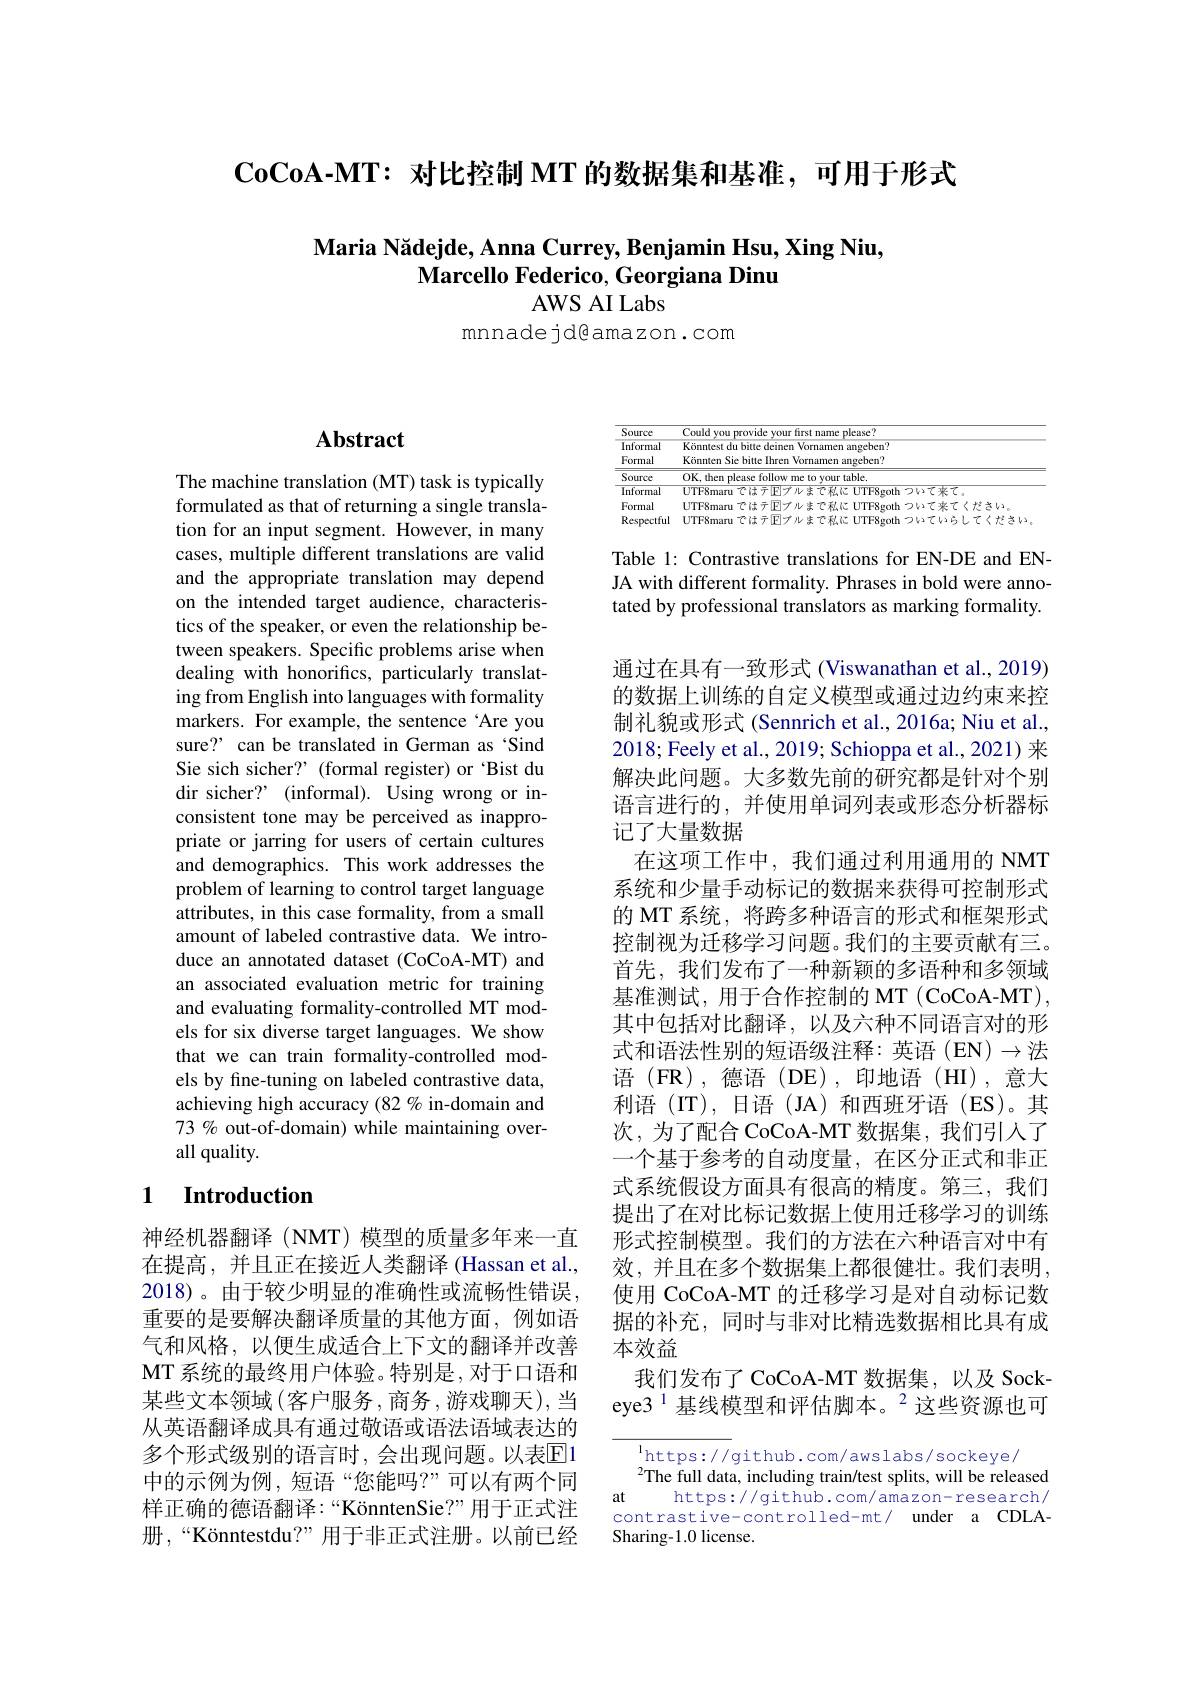
$\mathbf{CoCoA-MT:}$对比控制 MT 的数据集和基准，可用于形式

# $\textbf{Maria N\u{a} dejde, Anna Currey, Benjamin Hsu, Xing Niu, }$ Marcello Federico, Georgiana Dinu

AWS AI Labs

mnnadejd@amazon.com

# Abstract

The machine translation (MT) task is typically formulated as that of returning a single translation for an input segment. However, in many cases, multiple different translations are valid and the appropriate translation may depend on the intended target audience, characteristics of the speaker, or even the relationship between speakers. Specific problems arise when dealing with honorifics, particularly translating from English into languages with formality markers. For example, the sentence‘Are you sure? can be translated in German as‘Sind Sie sich sicher? (formal register) or ‘Bist du dir sicher? (informal). Using wrong or inconsistent tone may be perceived as inappropriate or jarring for users of certain cultures and demographics. This work addresses the problem of learning to control target language attributes, in this case formality, from a small amount of labeled contrastive data. We introduce an annotated dataset (CoCoA-MT) and an associated evaluation metric for training and evaluating formality-controlled MT models for six diverse target languages. We show that we can train formality-controlled models by fine-tuning on labeled contrastive data, achieving high accuracy (82 % in-domain and 73 % out-of-domain) while maintaining overall quality.

## 1 Introduction

神经机器翻译 (NMT) 模型的质量多年来一直在提高，并且正在接近人类翻译 (Hassan et al., 2018)。由于较少明显的准确性或流畅性错误， 重要的是要解决翻译质量的其他方面，例如语气和风格，以便生成适合上下文的翻译并改善MT 系统的最终用户体验。特别是，对于口语和某些文本领域$\left(\text{客户服务},\text{商务},\text{游戏聊天}\right)$,当从英语翻译成具有通过敬语或语法语域表达的多个形式级别的语言时，会出现问题。以表$\overline{\mathrm{E}}$1中的示例为例，短语“您能吗？”可以有两个同样正确的德语翻译：“KönntenSie?”用于正式注册，“Könntestdu?”用于非正式注册。以前已经

$\underline{Source}$
$\frac{\text{Could you provide your first name please?}}{\text{Yran }=\frac{1}{2}-\frac{1}{2}-\frac{1}{2}-\frac{1}{2}-\frac{1}{2}-\frac{1}{2}-\frac{1}{2}-\frac{1}{2}-\frac{1}{2}-\frac{1}{2}-\frac{1}{2}-\frac{1}{2}-\frac{1}{2}+\frac{1}{2}-\frac{1}{2}-\frac{1}{2}-\frac{1}{2}-\frac{1}{2}-\frac{1}{2}-\frac{1}{2}-\frac{1}{2}-\frac{1}{2}-\frac{1}{2}-\frac{1}{2}-\frac{1}{2}}$
$\overline{\text{Informal}}$
Könntest du bitte deinen Vornamen angeben?
Formal
Könnten Sie bitte Ihren Vornamen angeben?
$\frac{\text{Source}\:\mathrm{OK,then~please~follow~me~to~your~ta$
UTF8maru ではテ$\mathbb{E}$プルまで私に UTF8goth ついて来てくだきい。
Formal
Respectful UTF8maru ではテ$\overline{\mathbb{E}}$ブルまで私に UTF8goth ついていらしてください。

Table 1: Contrastive translations for EN-DE and ENJA with different formality. Phrases in bold were annotated by professional translators as marking formality.

通过在具有一致形式 (Viswanathan et al., 2019) 的数据上训练的自定义模型或通过边约束来控制礼貌或形式 (Sennrich et al., 2016a; Niu et al., 2018; Feely et al., 2019; Schioppa et al., 2021) 来解决此问题。大多数先前的研究都是针对个别语言进行的，并使用单词列表或形态分析器标记了大量数据
在这项工作中，我们通过利用通用的 NMT 系统和少量手动标记的数据来获得可控制形式的 MT 系统，将跨多种语言的形式和框架形式控制视为迁移学习问题。我们的主要贡献有三。首先，我们发布了一种新颖的多语种和多领域基准测试，用于合作控制的 MT (CoCoA-MT), 其中包括对比翻译，以及六种不同语言对的形式和语法性别的短语级注释：英语(EN)$\to$法语 (FR),德语 (DE),印地语 (HI),意大利语(IT),日语(JA)和西班牙语(ES)。其次，为了配合 CoCoA-MT 数据集，我们引入了一个基于参考的自动度量，在区分正式和非正式系统假设方面具有很高的精度。第三，我们提出了在对比标记数据上使用迁移学习的训练形式控制模型。我们的方法在六种语言对中有效，并且在多个数据集上都很健壮。我们表明， 使用 CoCoA-MT 的迁移学习是对自动标记数据的补充，同时与非对比精选数据相比具有成本效益
我们发布了 CoCoA-MT 数据集，以及 Sockeye3$^{1}$基线模型和评估脚本。$^2$这些资源也可

$^{\mathrm{l}}$https://github.com/awslabs/sockeye/
$^{2}$The full data, including train/test splits, will be released
at
https://github.com/amazon-research/
contrastive-controlled-mt/ under a CDLA-
Sharing-1.0 license.